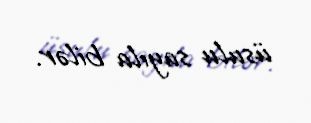
üsulu sayıla bilər.